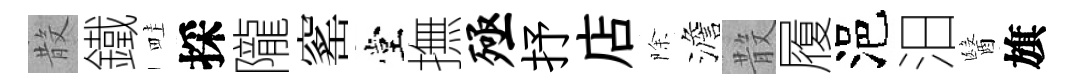
𣪚鐵畦採隴窰堂撫殛抒店除澹𣪚履浥汨醫旗